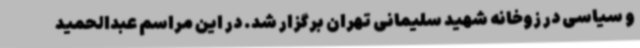
و سیاسی در زوخانه شهید سلیمانی تهران برگزار شد. در این مراسم عبدالحمید